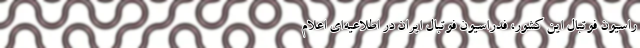
راسیون فوتبال این کشور، فدراسیون فوتبال ایران در اطلاعیه‌ای اعلام